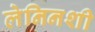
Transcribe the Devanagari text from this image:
लेनिनशी